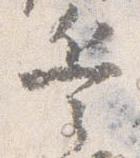
兵